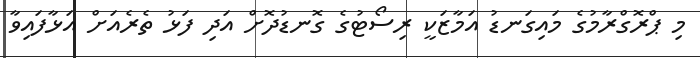
މި ޕްރޮގްރާމުގެ މައިގަނޑު އަމާޒަކީ ރިސޯޓުގެ ގޮނޑުދޮށް އަދި ފަޅު ތެރެއަށް އަޅާފައިވާ